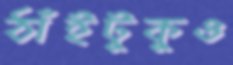
ঠাঁইটুকুও